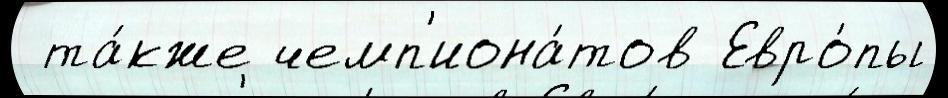
 та́кже чемп'иона́тов Евро́пы